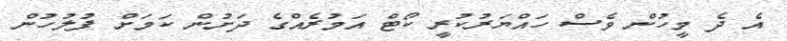
އެ ދެ މީހުން ވެސް ހައްޔަރުކުރީ ކޯޓް އަމުރެއްގެ ދަށުން ކަމަށް ފުލުހުން